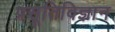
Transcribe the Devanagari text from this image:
प्रसूतिविज्ञान